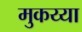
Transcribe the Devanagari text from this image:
मुकय्या